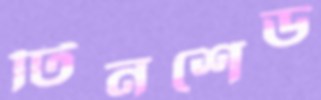
টিনশেড